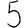
Digit: 5